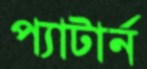
প্যাটার্ন